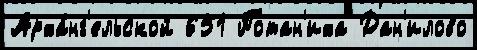
Арха́нг'ельской 651 Потан'иха Дан'илово